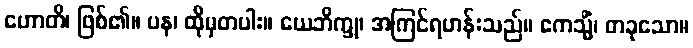
ဟောတိ၊ ဖြစ်၏။ ပန၊ ထိုမှတပါး။ ယေဘိက္ခု၊ အကြင်ရဟန်းသည်။ ဧကသ္မိံ၊ တခုသော။